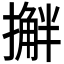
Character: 𫾅